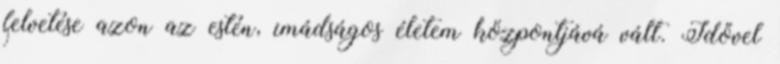
felvetése azon az estén, imádságos életem központjává vált. Idővel